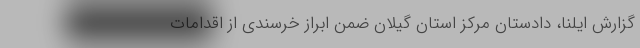
گزارش ایلنا، دادستان مرکز استان گیلان ضمن ابراز خرسندی از اقدامات